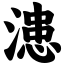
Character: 漶